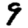
Digit: 9